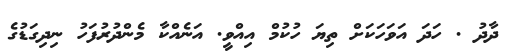
ދާދު . ހަދަ އަވަހަކަށް ތިޔަ ހުކުމް އިއްވީ. އަނެއްކާ މެންދުރުފަހު ނިދިގަޑުގެ